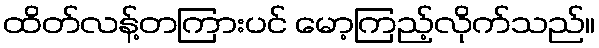
ထိတ်လန့်တကြားပင် မော့ကြည့်လိုက်သည်။